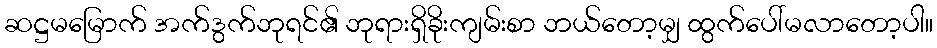
ဆဋ္ဌမမြောက် အက်ဒွက်ဘုရင်၏ ဘုရားရှိခိုးကျမ်းစာ ဘယ်တော့မျှ ထွက်ပေါ်မလာတော့ပါ။